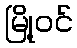
မြို့ဝင်